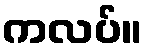
ကလပ်။